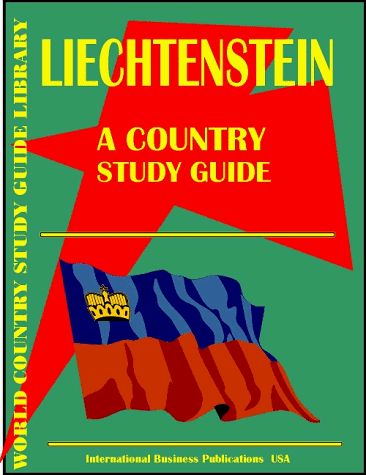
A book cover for Liechtenstein Country Study Guide (World Country Study; USA International Business Publications; Travel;